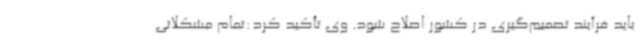
باید فرآیند تصمیم‌گیری در کشور اصلاح شود. وی تأکید کرد:تمام مشکلاتی